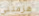
هزمتني